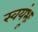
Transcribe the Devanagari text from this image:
स्वयंभूः